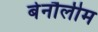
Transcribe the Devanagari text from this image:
बेनौलीम